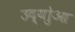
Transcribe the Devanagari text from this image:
उद्योुआ